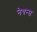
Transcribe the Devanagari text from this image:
नेषन्स